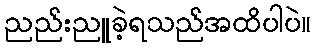
ညည်းညူခဲ့ရသည်အထိပါပဲ။